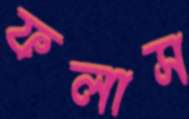
ফলাস